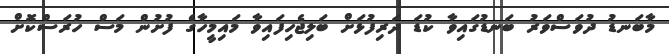
މާބަނޑު ދުވަސްވަރު ބަނޑުގައިވާ ކުޑަ ދަރިފުޅަށް ބަލިޖެހިފައިވާ މައިމީހާގެ ފުށުން މަސް ހުރަސްކޮށް